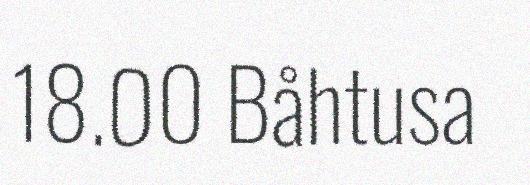
18.00 Båhtusa